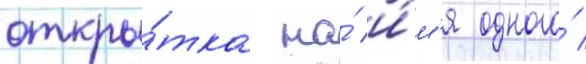
откры́тка на́ и́м'я одного́